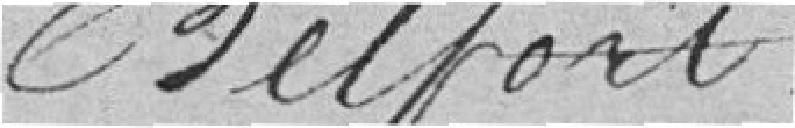
Belfort